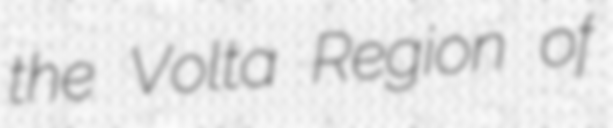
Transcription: the Volta Region of